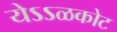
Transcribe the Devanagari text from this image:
येऽऽळकोट